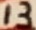
Text: 13